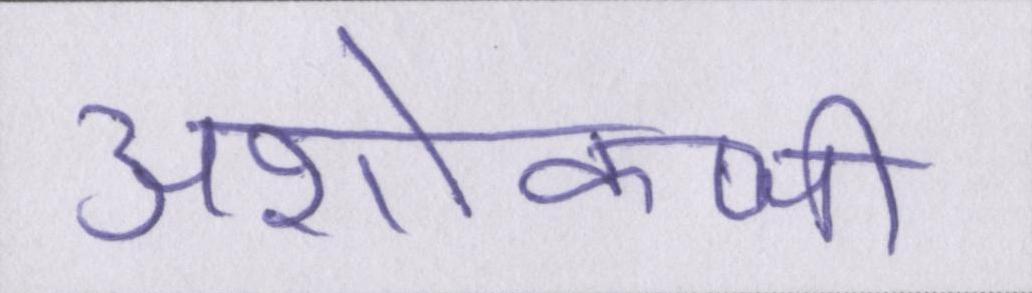
अशोकजी